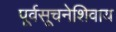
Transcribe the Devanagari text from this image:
पूर्वसूचनेशिवाय